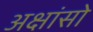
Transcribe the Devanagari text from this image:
अक्षांसो